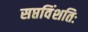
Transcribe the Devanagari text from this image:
सप्तविंशतिः